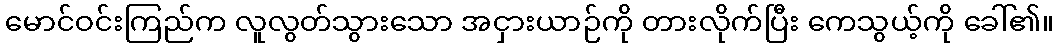
မောင်ဝင်းကြည်က လူလွတ်သွားသော အငှားယာဉ်ကို တားလိုက်ပြီး ကေသွယ့်ကို ခေါ်၏။